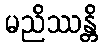
မညိဿန္တိ